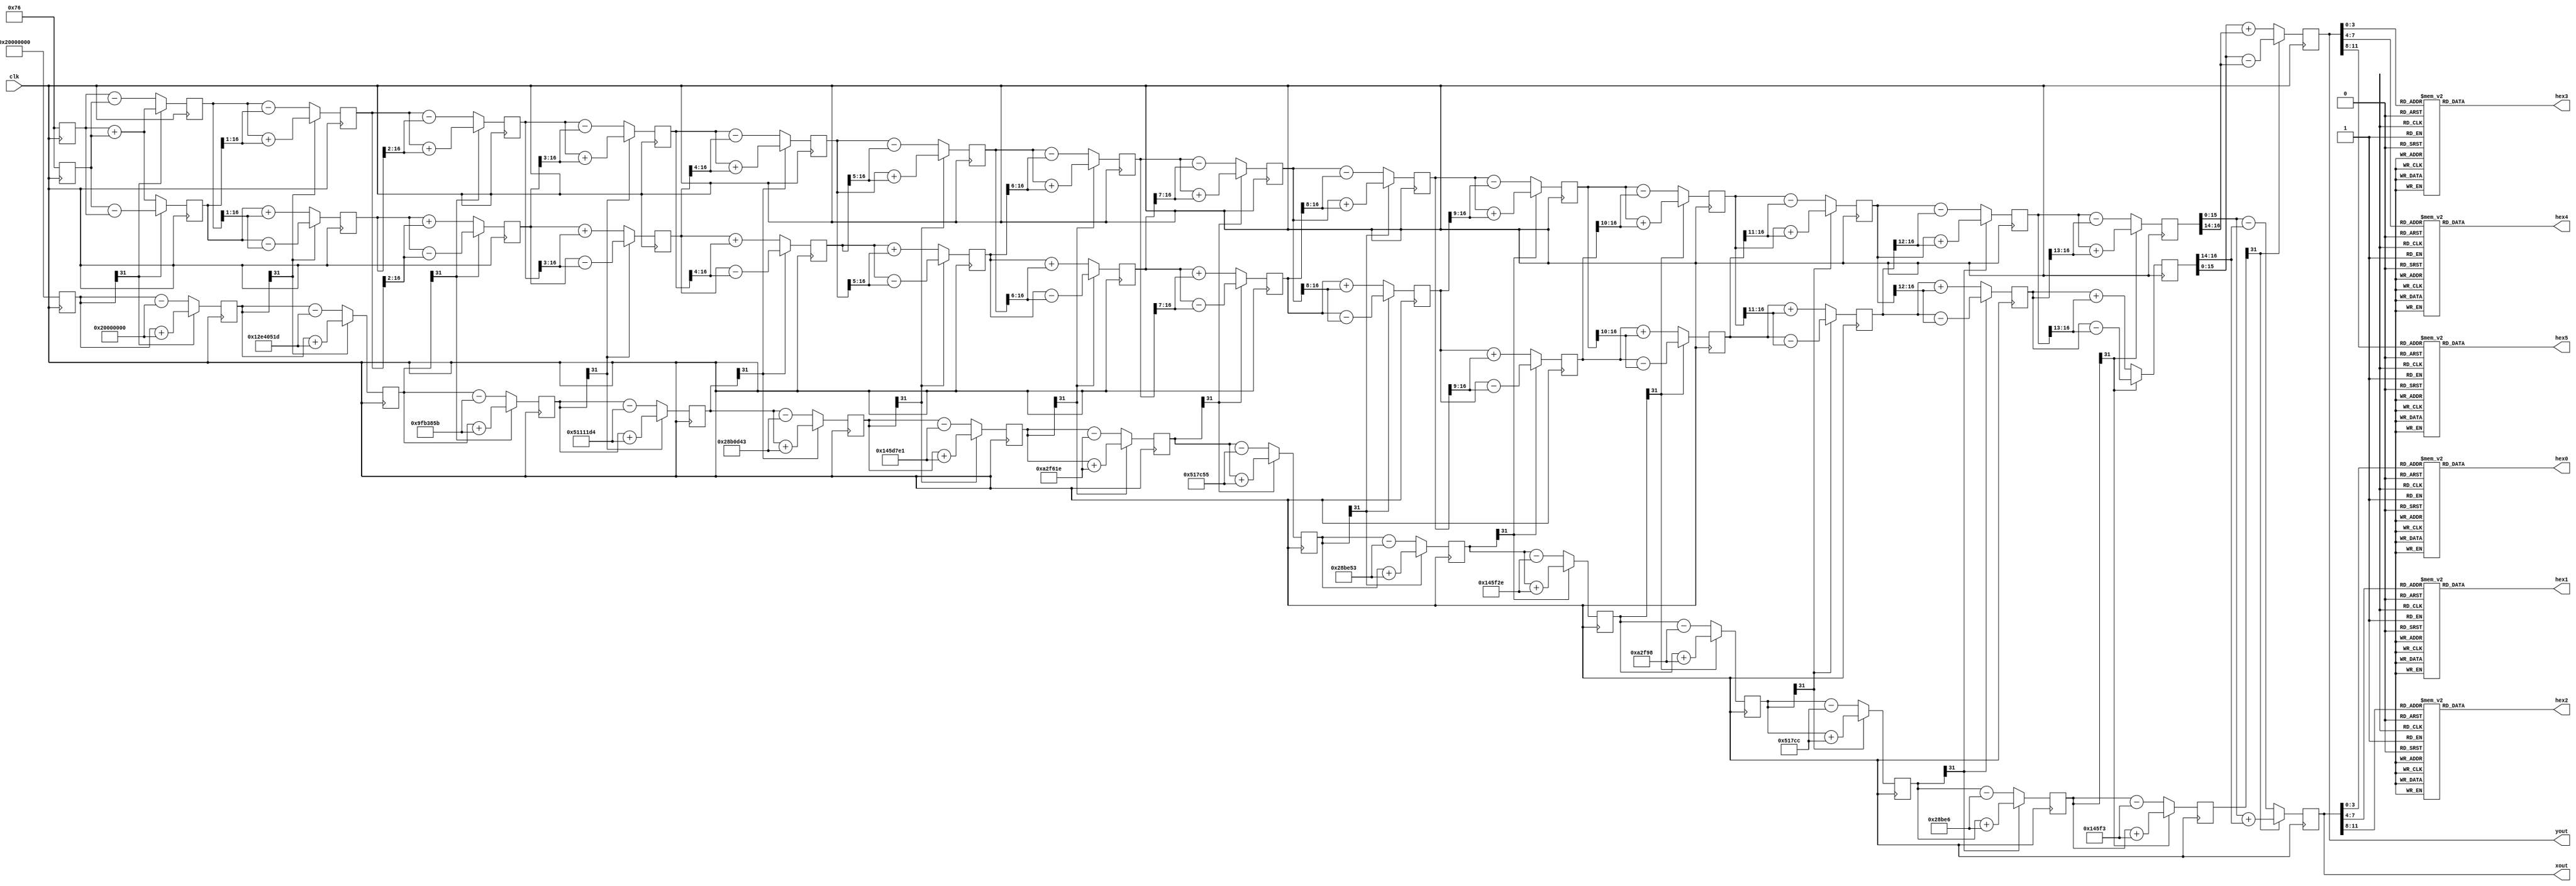
module cordic_lcd(
    input wire clk,
    output signed [15:0] xout,
    output signed [15:0] yout,
	 output reg [6:0]hex0,hex1,hex2,hex3,hex4,hex5);
	 
reg[15:0]xin;
reg[15:0]yin;
reg[31:0]angle;

always@*
begin
xin = 200;
yin = 200;
angle = 'b00100000000000000000000000000000;
end
	 

reg znext;
wire signed [31:0] atan[0:15];

//// arctan lookup table ////

assign atan[00] = 'b00100000000000000000000000000000; // 1/2^0 or 45 degrees
assign atan[01] = 'b00010010111001000000010100011101; // 1/(2^-1) or 26.25 degrees
assign atan[02] = 'b00001001111110110011100001011011; // 1/(2^-2) or 14.03 degrees
assign atan[03] = 'b00000101000100010001000111010100;
assign atan[04] = 'b00000010100010110000110101000011;
assign atan[05] = 'b00000001010001011101011111100001;
assign atan[06] = 'b00000000101000101111011000011110;
assign atan[07] = 'b00000000010100010111110001010101;
assign atan[08] = 'b00000000001010001011111001010011;
assign atan[09] = 'b00000000000101000101111100101110;
assign atan[10] = 'b00000000000010100010111110011000;
assign atan[11] = 'b00000000000001010001011111001100;
assign atan[12] = 'b00000000000000101000101111100110;
assign atan[13] = 'b00000000000000010100010111110011;
assign atan[14] = 'b00000000000000001010001011111001;
assign atan[15] = 'b00000000000000000101000101111100;

parameter width = 16;
reg signed [15:0] x_start,y_start;
reg [3:0] out = 4'b0000;


wire [1:0] quad;
assign quad = angle[31:30];

reg signed [width:0] x [0:width-1]; //17 bit wide
reg signed [width:0] y [0:width-1]; //17 bit wide
reg signed [31:0] z [0:width-1];


always @(posedge clk)
begin

x_start = (xin>>>1)+(xin>>>4)+(xin>>>5);
y_start = (yin>>>1)+(yin>>>4)+(yin>>>5);

case(quad)
	2'b00,2'b11:
		begin		// -90 to 90
		x[0] <= x_start;
		y[0] <= y_start;
		z[0] <= angle;
		end
	2'b01:				//subtract 90	(second quadrant)
		begin
		x[0] <= -y_start;
		y[0] <= x_start;
		z[0] <= {2'b00,angle[29:0]};
		end
	2'b10:				// add 90 (third quadrant)
		begin
		x[0] <= y_start;			
		y[0] <= -x_start;
		z[0] <= {2'b11,angle[29:0]};
		end
		  
    endcase
end


/////////////////////////////////////////////////////////////////////////////////////


genvar i;
generate
for (i=0;i<15;i=i+1)
begin: iterations

	wire signed [width:0] x_shift, y_shift;
	wire signed z_sign;
	assign z_sign = z[i][31];

	assign x_shift = x[i] >>> i;
	assign y_shift = y[i] >>> i;

	always @(posedge clk)
		begin
		x[i+1] <= z_sign ? x[i] + y_shift : x[i] - y_shift;
		y[i+1] <= z_sign ? y[i] - x_shift : y[i] + x_shift;
		z[i+1] <= z_sign ? z[i] + atan[i] : z[i] - atan[i];
		end
end
endgenerate

assign xout = x[width-1];
assign yout = y[width-1];

///////////////////////////////////////////////////////////////////////////////////////

//// 7 segment display of output in hexadecimal ////
reg [3:0]yout0,yout1,yout2,yout3;
reg [3:0]xout0,xout1,xout2,xout3;


always@(yout)
begin
yout0 = yout[3:0];
yout1 = yout[7:4];
yout2 = yout[11:8];
yout3 = yout[15:12];

xout0 = xout[3:0];
xout1 = xout[7:4];
xout2 = xout[11:8];
xout3 = xout[15:12];

case(xout0)
4'b0000: hex0 = 7'b1000000;
4'b0001: hex0 = 7'b1111001;
4'b0010: hex0 = 7'b0100100;
4'b0011: hex0 = 7'b0110000;
4'b0100: hex0 = 7'b0011001;
4'b0101: hex0 = 7'b0010010;
4'b0110: hex0 = 7'b0000010;
4'b0111: hex0 = 7'b1111000;
4'b1000: hex0 = 7'b0000000;
4'b1001: hex0 = 7'b0010000;
default: hex0 = 7'b1111111;
endcase

case(xout1)
4'b0000: hex1 = 7'b1000000;
4'b0001: hex1 = 7'b1111001;
4'b0010: hex1 = 7'b0100100;
4'b0011: hex1 = 7'b0110000;
4'b0100: hex1 = 7'b0011001;
4'b0101: hex1 = 7'b0010010;
4'b0110: hex1 = 7'b0000010;
4'b0111: hex1 = 7'b1111000;
4'b1000: hex1 = 7'b0000000;
4'b1001: hex1 = 7'b0010000;
default: hex1 = 7'b1111111;
endcase

case(xout2)
4'b0000: hex2 = 7'b1000000;
4'b0001: hex2 = 7'b1111001;
4'b0010: hex2 = 7'b0100100;
4'b0011: hex2 = 7'b0110000;
4'b0100: hex2 = 7'b0011001;
4'b0101: hex2 = 7'b0010010;
4'b0110: hex2 = 7'b0000010;
4'b0111: hex2 = 7'b1111000;
4'b1000: hex2 = 7'b0000000;
4'b1001: hex2 = 7'b0010000;
default: hex2 = 7'b1111111;
endcase

 case(yout0)
4'b0000: hex3 = 7'b1000000;
4'b0001: hex3 = 7'b1111001;
4'b0010: hex3 = 7'b0100100;
4'b0011: hex3 = 7'b0110000;
4'b0100: hex3 = 7'b0011001;
4'b0101: hex3 = 7'b0010010;
4'b0110: hex3 = 7'b0000010;
4'b0111: hex3 = 7'b1111000;
4'b1000: hex3 = 7'b0000000;
4'b1001: hex3 = 7'b0010000;
default: hex3 = 7'b1111111;
endcase

case(yout1)
4'b0000: hex4 = 7'b1000000;
4'b0001: hex4 = 7'b1111001;
4'b0010: hex4 = 7'b0100100;
4'b0011: hex4 = 7'b0110000;
4'b0100: hex4 = 7'b0011001;
4'b0101: hex4 = 7'b0010010;
4'b0110: hex4 = 7'b0000010;
4'b0111: hex4 = 7'b1111000;
4'b1000: hex4 = 7'b0000000;
4'b1001: hex4 = 7'b0010000;
default: hex4 = 7'b1111111;
endcase

case(yout2)
4'b0000: hex5 = 7'b1000000;
4'b0001: hex5 = 7'b1111001;
4'b0010: hex5 = 7'b0100100;
4'b0011: hex5 = 7'b0110000;
4'b0100: hex5 = 7'b0011001;
4'b0101: hex5 = 7'b0010010;
4'b0110: hex5 = 7'b0000010;
4'b0111: hex5 = 7'b1111000;
4'b1000: hex5 = 7'b0000000;
4'b1001: hex5 = 7'b0010000;
default: hex5 = 7'b1111111;
endcase

end

endmodule